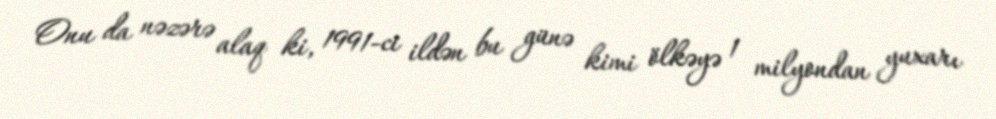
Onu da nəzərə alaq ki, 1991-ci ildən bu günə kimi ölkəyə 1 milyondan yuxarı